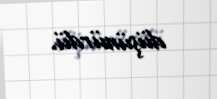
düşünürdü.